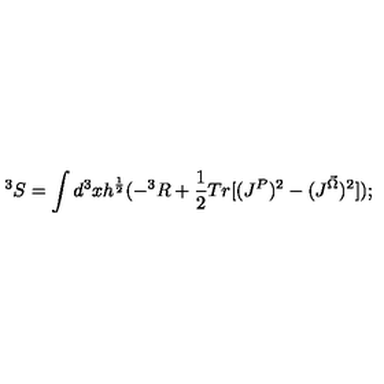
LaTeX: ^ 3 S = \int d ^ { 3 } x h ^ { \frac { 1 } { 2 } } ( - ^ { 3 } R + \frac { 1 } { 2 } T r [ ( J ^ { P } ) ^ { 2 } - ( J ^ { \vec { \Omega } } ) ^ { 2 } ] ) ;